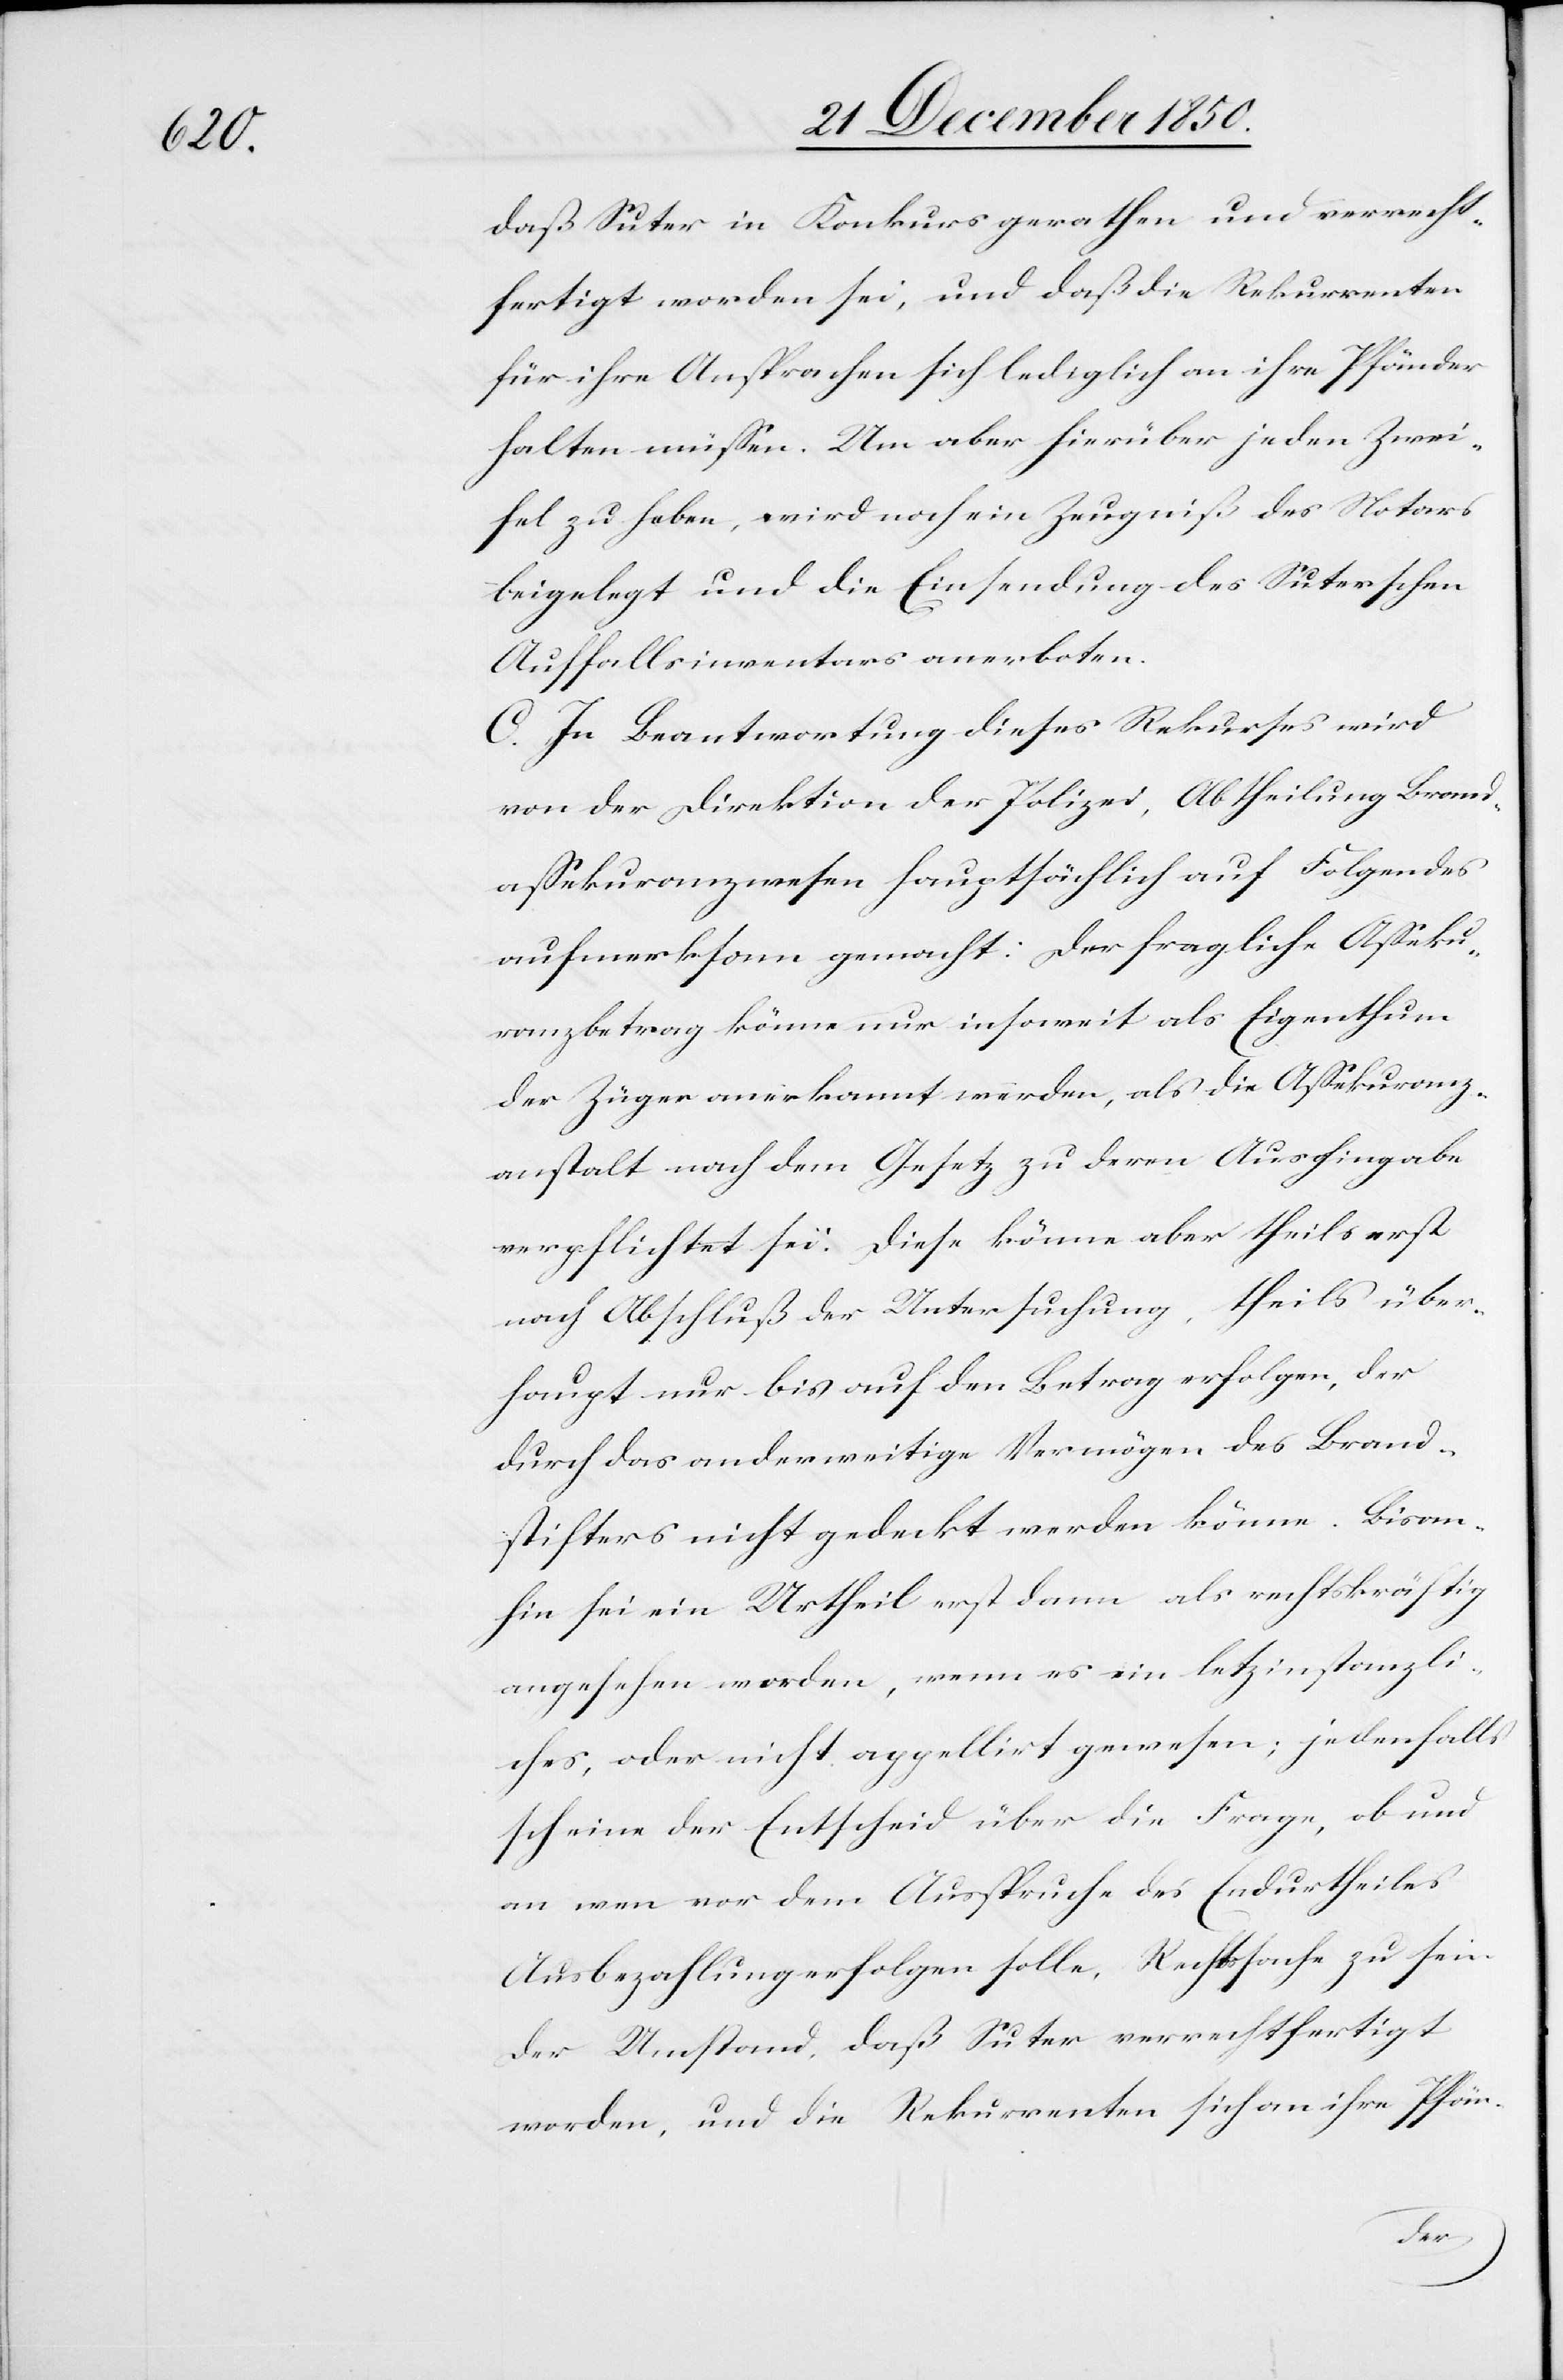
daß Suter in Konkurs gerathen und verrecht¬
fertigt worden sei, und daß die Rekurrenten
für ihre Ansprachen sich lediglich an ihre Pfänder
halten müssen. Um aber hierüber jeden Zwei¬
fel zu heben, wird noch ein Zeugniß des Notars
beigelegt und die Einsendung des Suterschen
Auffallsinventars anerboten.
C. In Beantwortung dieses Rekurses wird
von der Direktion der Polizei, Abtheilung Brand¬
assekuranzwesen hauptsächlich auf Folgendes
aufmerksam gemacht. Der fragliche Asseku¬
ranzbetrag könne nur insoweit als Eigenthum
der Züger anerkannt werden als die Assekuranz¬
anstalt nach dem Gesetz zu deren Aushingabe
verpflichtet sei. Diese könne aber theils erst
nach Abschluß der Untersuchung, theils über¬
haupt nur bis auf den Betrag erfolgen, der
durch das anderweitige Vermögen des Brand¬
stifters nicht gedeckt werden könne. Bisan¬
hin sei ein Urtheil erst dann als rechtskräftig
angesehen worden, wenn es ein letz[t]instanzli¬
ches, oder nicht appellirt gewesen; jedenfalls
scheine der Entscheid über die Frage, ob und
an wen vor dem Ausspruche des Endurtheiles
Ausbezahlung erfolgen solle, Rechtssache zu sein.
Der Umstand, daß Suter verrechtfertigt
worden, und die Rekurrenten sich an ihre Pfän-